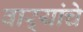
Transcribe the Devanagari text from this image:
वाऱ्यांचे